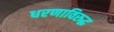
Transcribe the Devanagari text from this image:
धरणाविरुद्ध